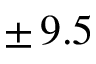
\pm \, 9 . 5